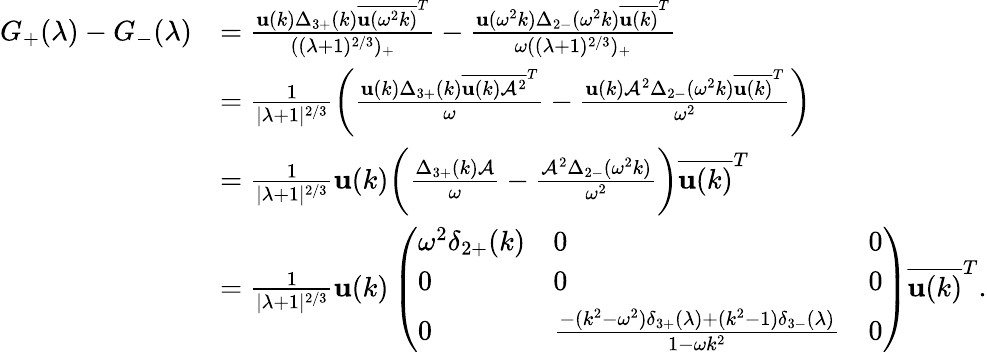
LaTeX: \begin{array}{rl}{G_{+}(\lambda)-G_{-}(\lambda)}&{=\frac{\mathbf{u}(k)\Delta_{3+}(k)\overline{{\mathbf{u}(\omega^{2}k)}}^{T}}{((\lambda+1)^{2/3})_{+}}-\frac{\mathbf{u}(\omega^{2}k)\Delta_{2-}(\omega^{2}k)\overline{{\mathbf{u}(k)}}^{T}}{\omega((\lambda+1)^{2/3})_{+}}}\\ &{=\frac{1}{|\lambda+1|^{2/3}}\bigg(\frac{\mathbf{u}(k)\Delta_{3+}(k)\overline{{\mathbf{u}(k)\mathcal{A}^{2}}}^{T}}{\omega}-\frac{\mathbf{u}(k)\mathcal{A}^{2}\Delta_{2-}(\omega^{2}k)\overline{{\mathbf{u}(k)}}^{T}}{\omega^{2}}\bigg)}\\ &{=\frac{1}{|\lambda+1|^{2/3}}\mathbf{u}(k)\bigg(\frac{\Delta_{3+}(k)\mathcal{A}}{\omega}-\frac{\mathcal{A}^{2}\Delta_{2-}(\omega^{2}k)}{\omega^{2}}\bigg)\overline{{\mathbf{u}(k)}}^{T}}\\ &{=\frac{1}{|\lambda+1|^{2/3}}\mathbf{u}(k)\left(\begin{array}{lll}{\omega^{2}\delta_{2+}(k)}&{0}&{0}\\ {0}&{0}&{0}\\ {0}&{\frac{-(k^{2}-\omega^{2})\delta_{3+}(\lambda)+(k^{2}-1)\delta_{3-}(\lambda)}{1-\omega k^{2}}}&{0}\end{array}\right)\overline{{\mathbf{u}(k)}}^{T}.}\end{array}